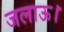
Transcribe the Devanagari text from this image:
जलाऊ।